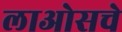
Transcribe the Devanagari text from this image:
लाओसचे